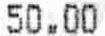
50.00